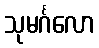
သုမင်္ဂလော